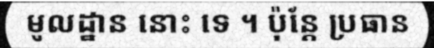
មូលដ្ឋាន នោះ ទេ ។ ប៉ុន្តែ ប្រធាន